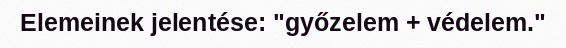
Elemeinek jelentése: "győzelem + védelem."